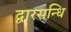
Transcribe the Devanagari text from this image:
द्वारसन्धि